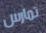
تمارس